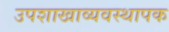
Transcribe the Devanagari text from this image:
उपशाखाव्यवस्थापक